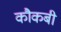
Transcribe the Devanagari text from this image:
कौकबी